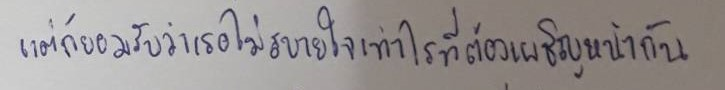
แต่ก็ยอมรับว่าเธอไม่สบายใจเท่าไรที่ต้องเผชิญหน้ากัน